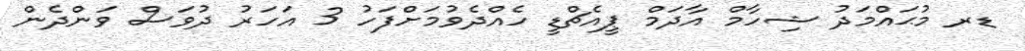
ޑރ މުޙައްމަދު ޝިހާމް އާދަމް ޕީއެޗްޑީ ހެއްދެވުމަށްފަހު 3 އަހަރު ދުވަސް ވަންދެން